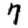
Digit: 7